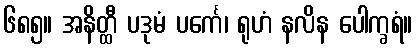
၆၈၅။ အနိတ္ထီ ပဒုမံ ပင်္ကေ၊ ရုဟံ နလိန ပေါက္ခရံ။